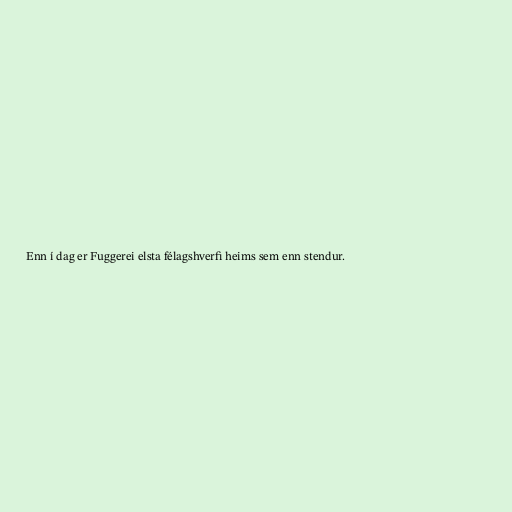
Enn í dag er Fuggerei elsta félagshverfi heims sem enn stendur.